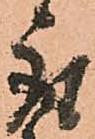
取